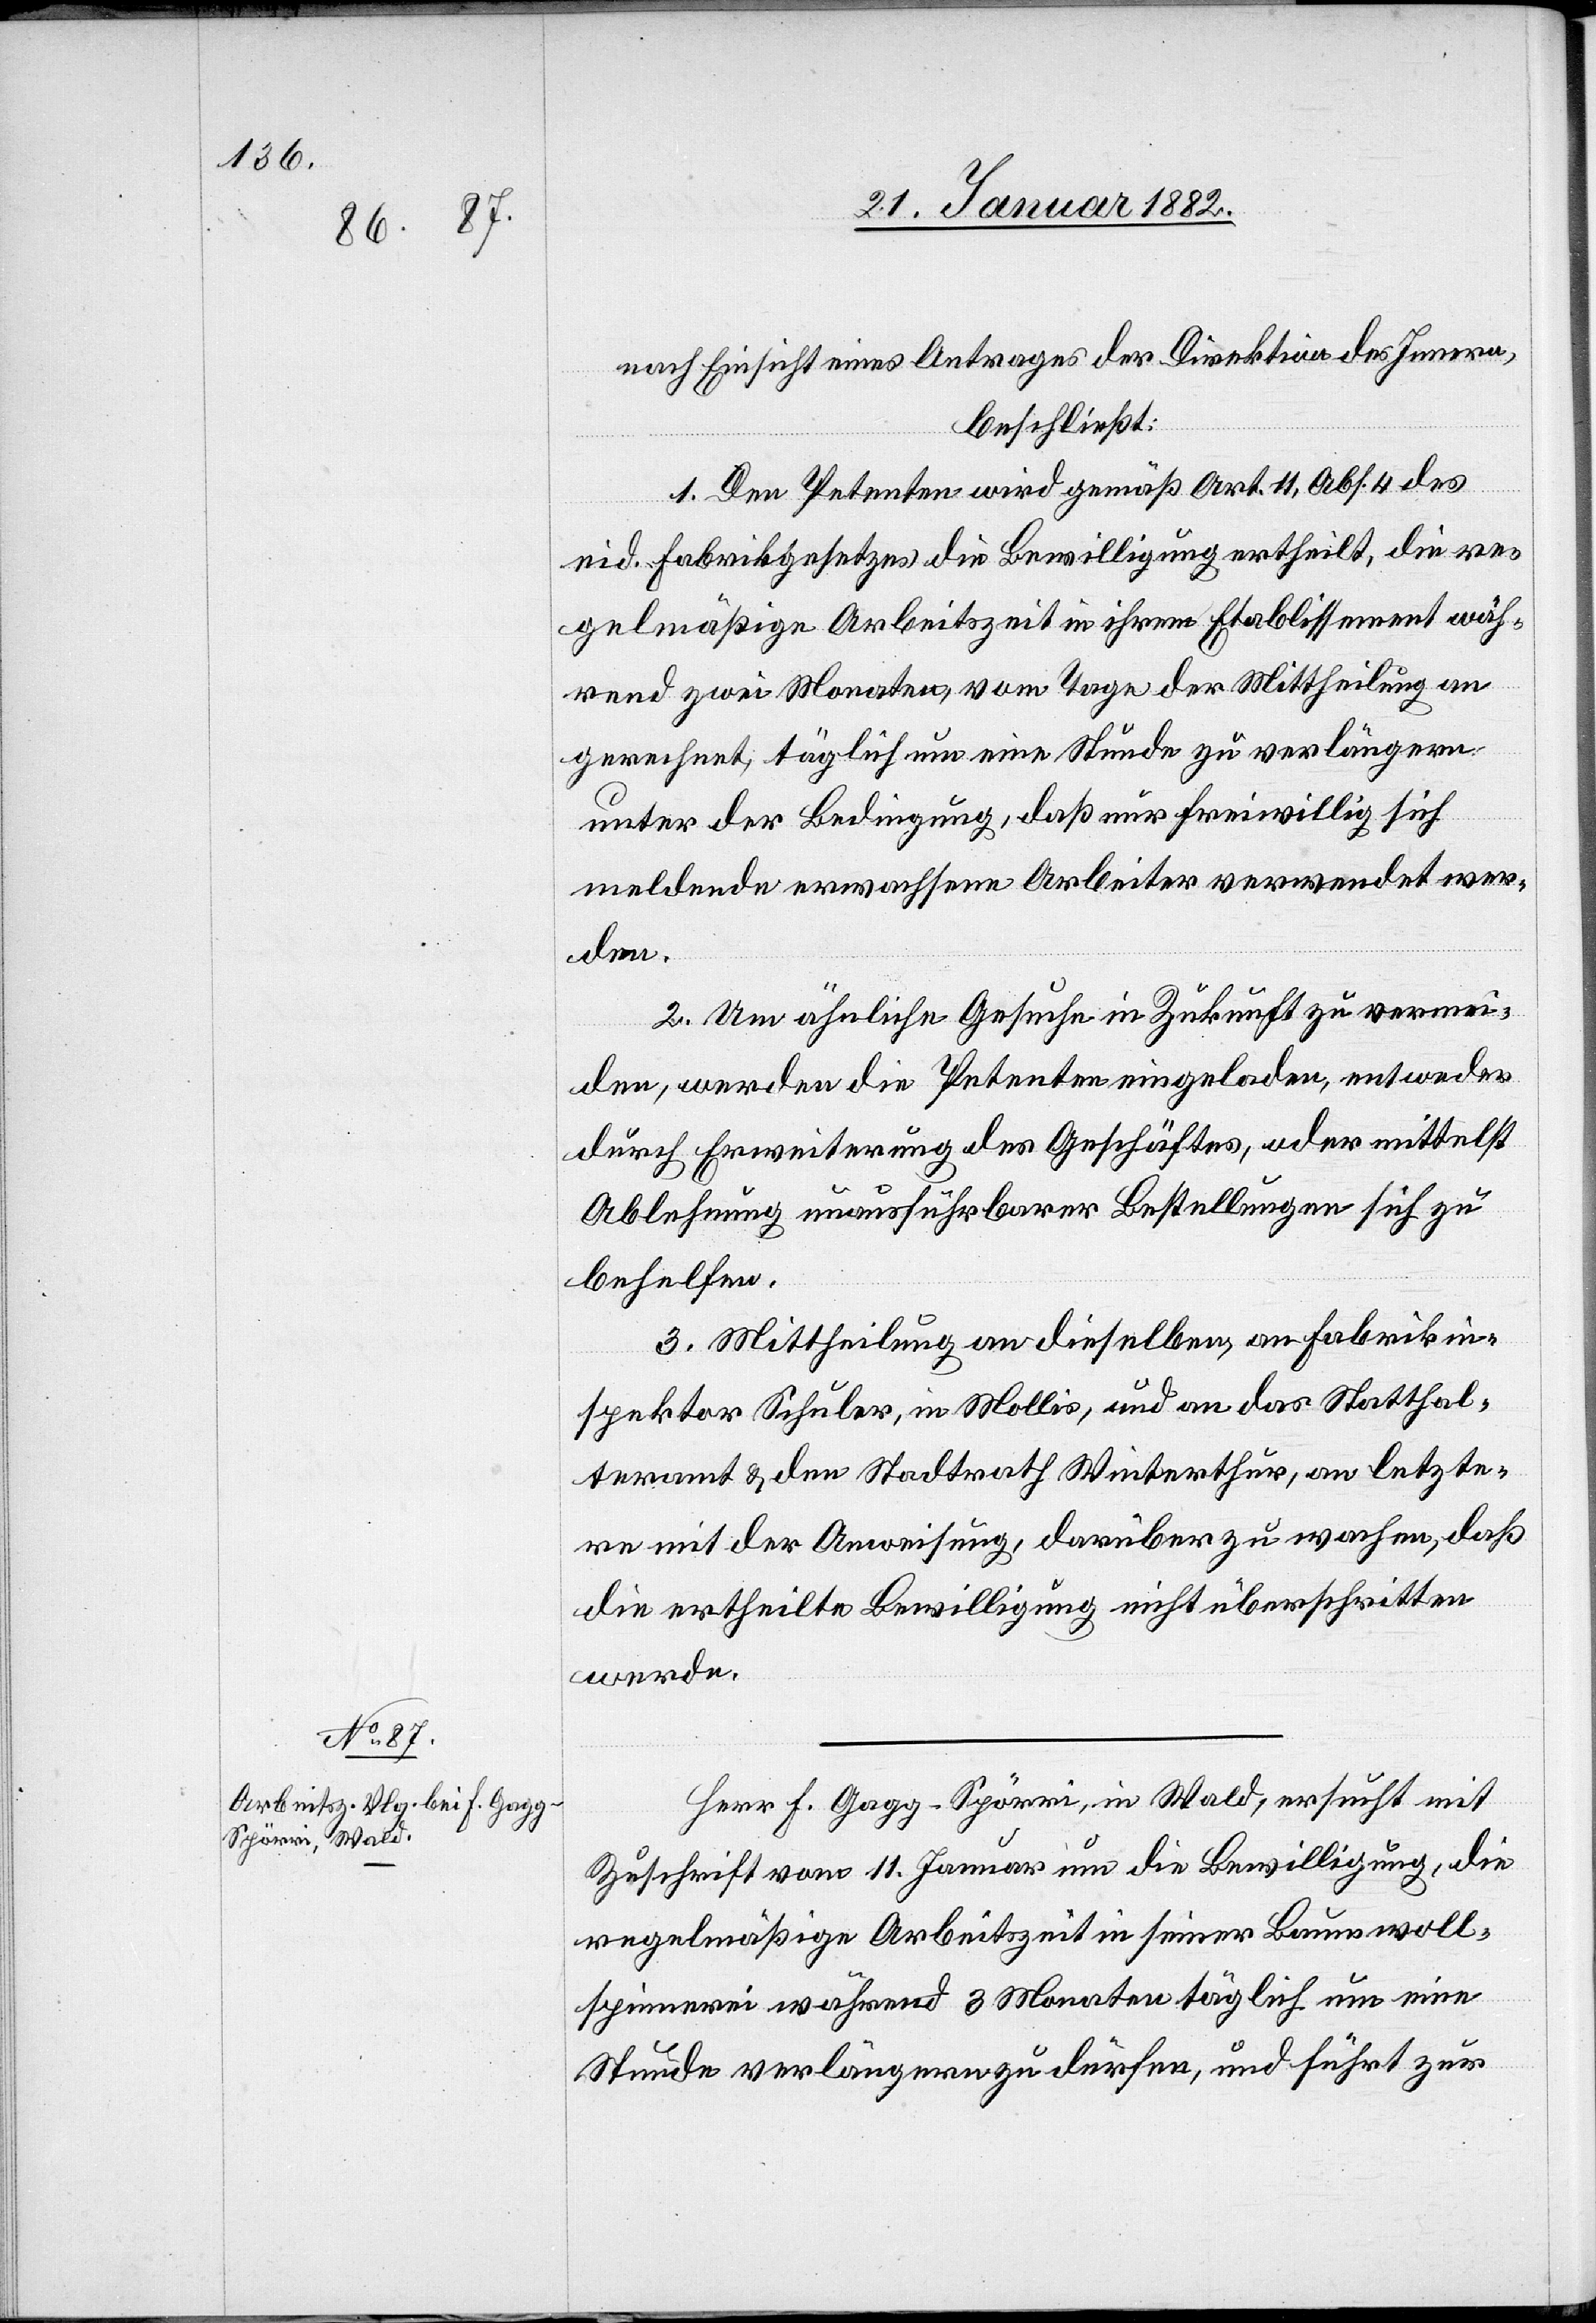
nach Einsicht eines Antrages der Direktion des Innern,
beschließt:
1. Den Petenten wird gemäß Art. 11, Abs. 4 des
eid. Fabrikgesetzes die Bewilligung ertheilt, die re¬
gelmäßige Arbeitszeit in ihrem Etablissement wäh¬
rend zwei Monaten, vom Tage der Mittheilung an
gerechnet; täglich um eine Stunde zu verlängern
unter der Bedingung, daß nur freiwillig sich
meldende erwachsene Arbeiter verwendet wer¬
den.
2. Um ähnliche Gesuche in Zukunft zu vermei¬
den, werden die Petenten eingeladen, entweder
durch Erweiterung des Geschäftes, oder mittelst
Ablehnung unausführbarer Bestellungen sich zu
behelfen.
3. Mittheilung an dieselben, an Fabrikin¬
spektor Schuler, in Mollis, und an das Statthal¬
teramt & den Stadtrath Winterthur, an letzte¬
rn mit der Anweisung, darüber zu wachen, daß
die ertheilte Bewilligung nicht überschritten
werde.
Herr F. Gagg-Spörri, in Wald, ersucht mit
Zuschrift vom 11. Januar um die Bewilligung, die
regelmäßige Arbeitszeit in seiner Baumwoll¬
spinnerei während 3 Monaten täglich um eine
Stunde verlängern zu dürfen, und führt zur